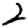
Digit: 2